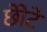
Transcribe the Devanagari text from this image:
छोेटे